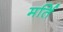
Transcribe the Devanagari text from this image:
मर्ति